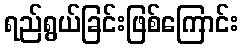
ရည်ရွယ်ခြင်းဖြစ်ကြောင်း